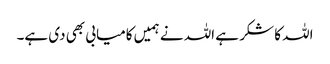
اللہ کا شکر ہے اللہ نے ہمیں کامیابی بھی دی ہے۔